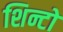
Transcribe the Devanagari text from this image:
शिन्टो